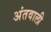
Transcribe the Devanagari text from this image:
अंतवाली